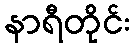
နာရီတိုင်း